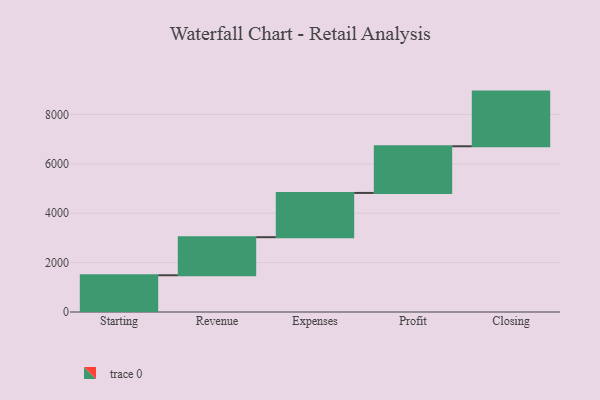
{"axis": {"x": "Step", "y": "Value"}, "legend": [""], "data": [{"x": "Starting", "y": 1488.0, "type": ""}, {"x": "Revenue", "y": 1541.0, "type": ""}, {"x": "Expenses", "y": 1792.0, "type": ""}, {"x": "Profit", "y": 1890.0, "type": ""}, {"x": "Closing", "y": 2213.0, "type": ""}]}